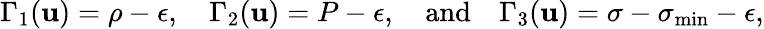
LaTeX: \Gamma_{1}(\mathbf{u})=\rho-\epsilon,\quad\Gamma_{2}(\mathbf{u})=P-\epsilon,\quad\mathrm{and}\quad\Gamma_{3}(\mathbf{u})=\sigma-\sigma_{\operatorname*{min}}-\epsilon,